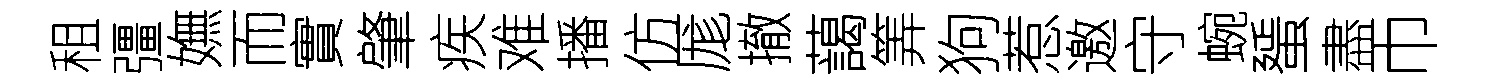
租彊嫵而實肇疾难播仿厖撤藹筭狗惹邀守蜿蜑盡巾